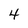
Character: 4